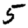
Digit: 5